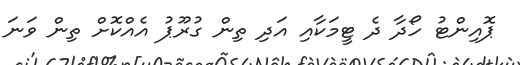
ޕޮއިންޓު ހޯދާ ދެ ޓީމަކާއި އަދި ތިން ގުރޫޕު އެއްކޮށް ތިން ވަނަ